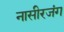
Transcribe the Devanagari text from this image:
नासीरजंग